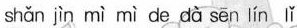
shǎn jìn mì mì de dà sēn lín lǐ